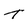
Character: t